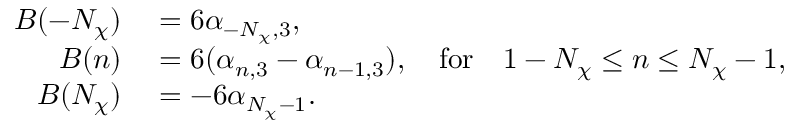
\begin{array} { r l } { B ( - N _ { \chi } ) } & { { } = 6 \alpha _ { - N _ { \chi } , 3 } , } \\ { B ( n ) } & { { } = 6 ( \alpha _ { n , 3 } - \alpha _ { n - 1 , 3 } ) , \quad \mathrm { f o r } \quad 1 - N _ { \chi } \leq n \leq N _ { \chi } - 1 , } \\ { B ( N _ { \chi } ) } & { { } = - 6 \alpha _ { N _ { \chi } - 1 } . } \end{array}